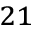
^ { 2 1 }